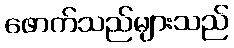
ဖောက်သည်များသည်